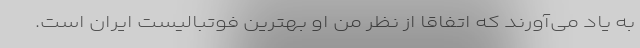
به یاد می‌آورند که اتفاقا از نظر من او بهترین فوتبالیست ایران است.